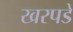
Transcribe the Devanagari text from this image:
खरपडे